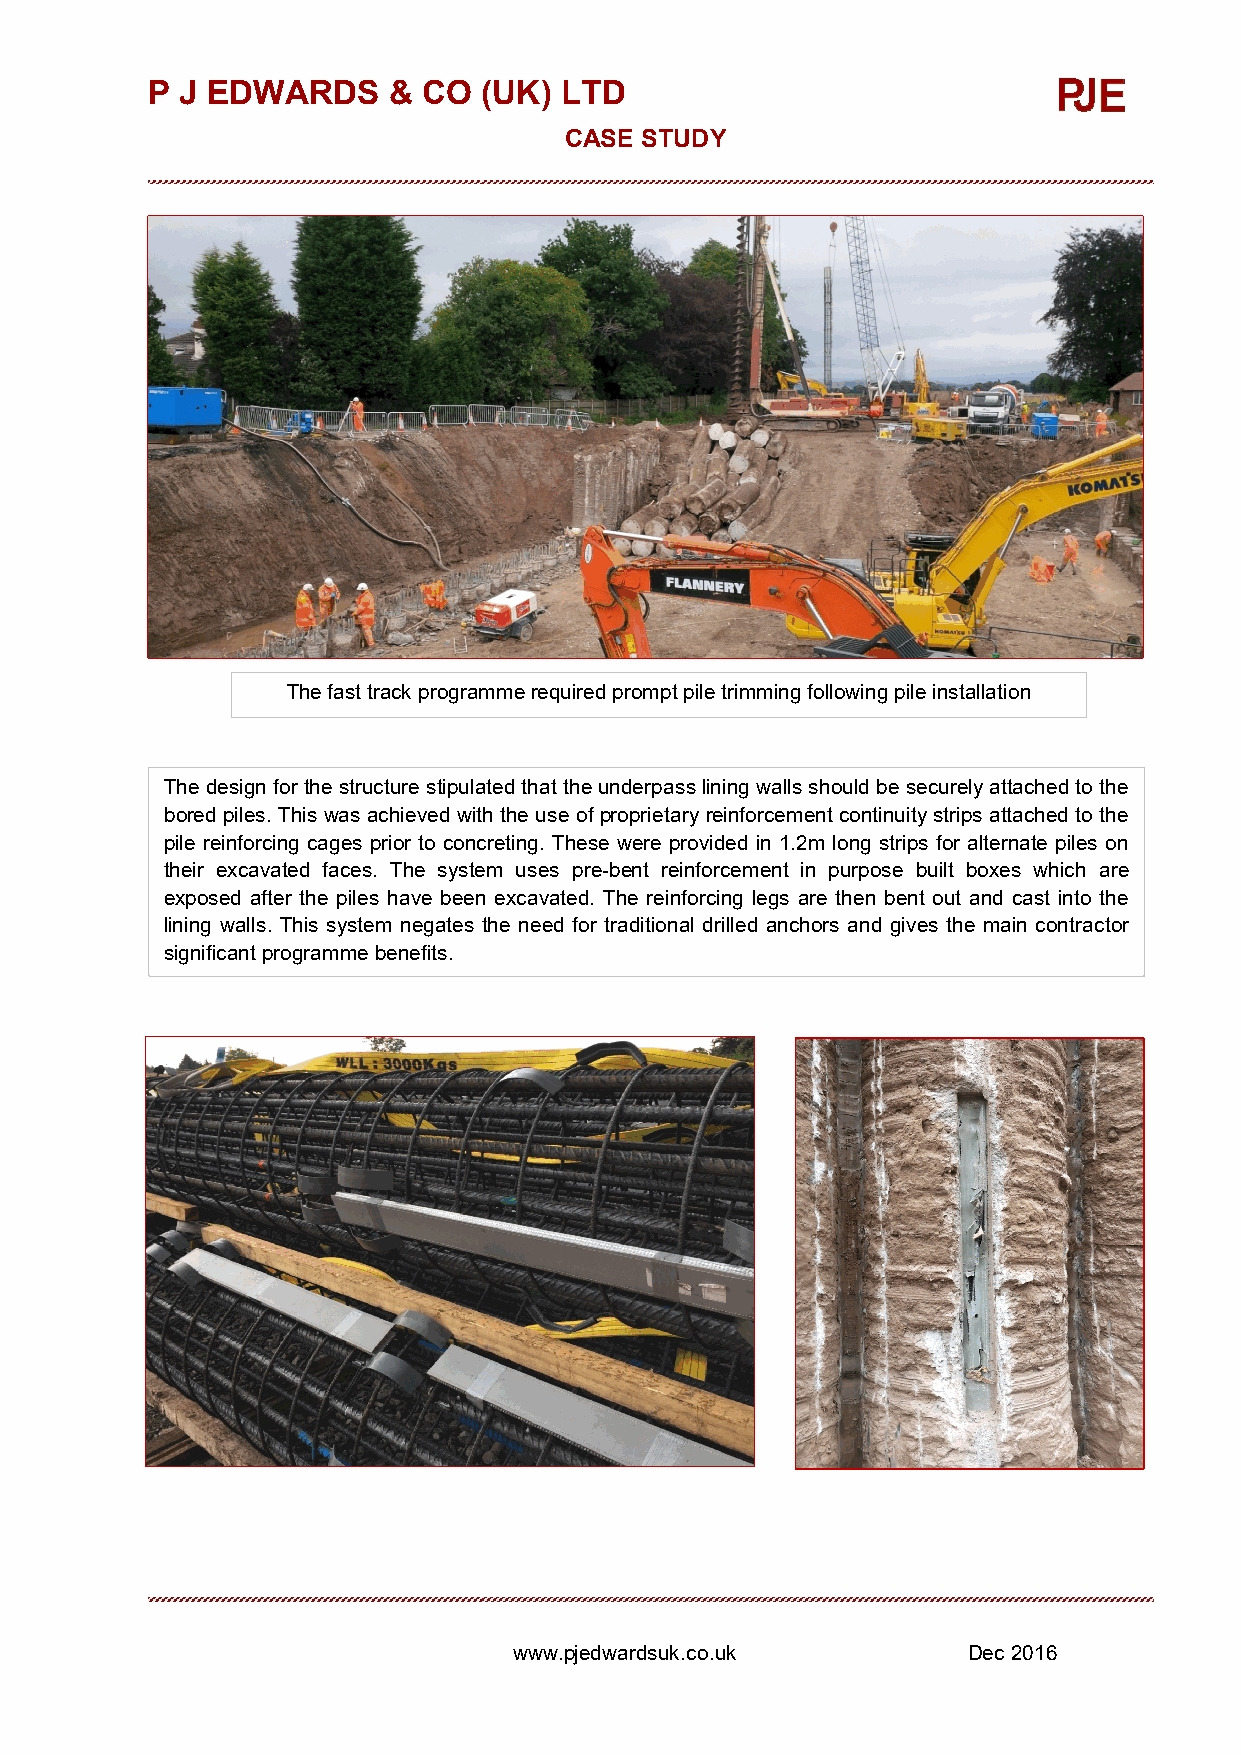
P J EDWARDS     & CO  (UK) LTD
 CASE STUDY
 The fast track programmerequired prompt pile trimming following pile installation
 The design for the structure stipulated that theunderpass lining walls should be securely attached to the
 bored piles. This was achieved with the use of proprietaryreinforcement continuity strips attached to the
 pile reinforcing cages prior to concreting. These were provided in 1.2m long strips for alternate piles on
 their excavated faces. The system uses pre-bent reinforcement in purpose built boxes which are
 exposed after the piles have been excavated. The reinforcing legs are then bent out and cast into the
 lining walls. This system negates the need for traditional drilled anchors and gives the main contractor
 significant programme benefits.
 www.pjedwardsuk.co.uk         Dec2016